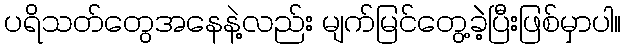
ပရိသတ်တွေအနေနဲ့လည်း မျက်မြင်တွေ့ခဲဲ့ပြီးဖြစ်မှာပါ။